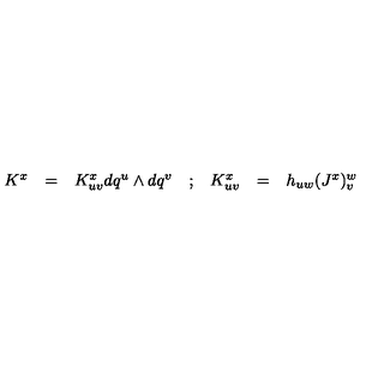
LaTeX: \begin{array} { c c c c c c c } { K ^ { x } } & { = } & { K _ { u v } ^ { x } d q ^ { u } \wedge d q ^ { v } } & { ; } & { K _ { u v } ^ { x } } & { = } & { h _ { u w } ( J ^ { x } ) _ { v } ^ { w } } \\ \end{array}